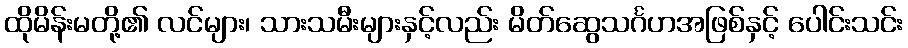
ထိုမိန်းမတို့၏ လင်များ၊ သားသမီးများနှင့်လည်း မိတ်ဆွေသင်္ဂဟအဖြစ်နှင့် ပေါင်းသင်း